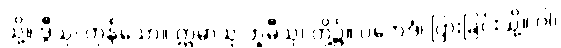
သို့။ ဒွီသု၊ ကုန်သော။ ဣမာသု ဘူမီသု၊ တို့၌။ ပဘေဒံ၊ ပြားခြင်းသို့။ ဝါ၊